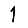
Digit: 1